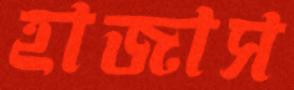
হাজাস